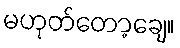
မဟုတ်တော့ချေ။